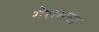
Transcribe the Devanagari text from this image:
गेरासचा